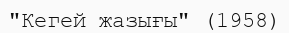
"Кегей жазығы" (1958)